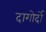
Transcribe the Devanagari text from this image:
दागोर्दो